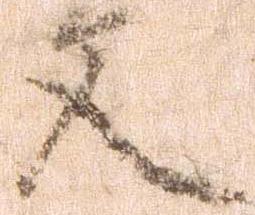
文